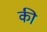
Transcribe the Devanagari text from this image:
की